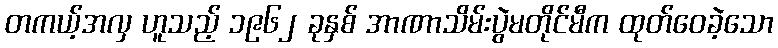
တကယ့်အလှ ဟူသည့် ၁၉၆၂ ခုနှစ် အာဏာသိမ်းပွဲမတိုင်မီက ထုတ်ဝေခဲ့သော